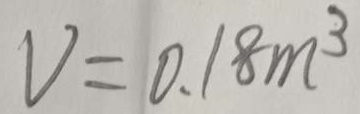
V = 0 . 1 8 m ^ { 3 }